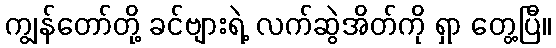
ကျွန်တော်တို့ ခင်ဗျားရဲ့ လက်ဆွဲအိတ်ကို ရှာ တွေ့ပြီ။